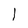
Character: 1